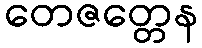
တေဇတ္တေန